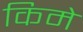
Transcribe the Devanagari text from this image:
किमे